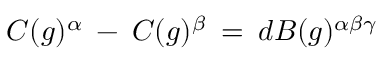
C ( g ) ^ { \alpha } \: - \: C ( g ) ^ { \beta } \: = \: d B ( g ) ^ { \alpha \beta \gamma }